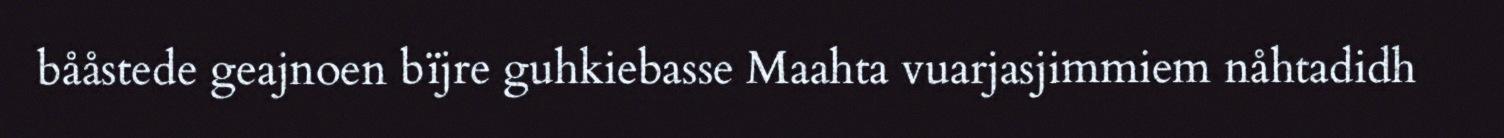
bååstede geajnoen bïjre guhkiebasse Maahta vuarjasjimmiem nåhtadidh